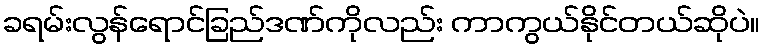
ခရမ်းလွန်ရောင်ခြည်ဒဏ်ကိုလည်း ကာကွယ်နိုင်တယ်ဆိုပဲ။